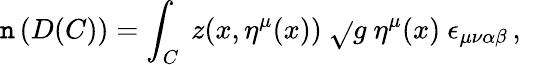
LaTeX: \mathtt{n}\left(D(C)\right)=\int_{C}\ z(x,\eta^{\mu}(x))\ \sqrt{}{{g}}\ \eta^{\mu}(x)\ \epsilon_{\mu\nu\alpha\beta}\, ,\ \,